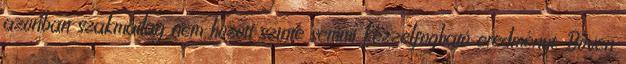
azonban szakmailag nem hozott szinte semmi kézzelfogható eredményt. Bőven